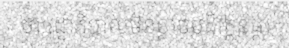
ថា រដ្ឋាភិបាលមិនខ្លាចបដិវត្តន៍ផ្កា